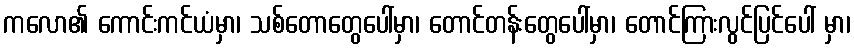
ကလော၏ ကောင်းကင်ယံမှာ၊ သစ်တောတွေပေါ်မှာ၊ တောင်တန်းတွေပေါ်မှာ၊ တောင်ကြားလွင်ပြင်ပေါ် မှာ၊